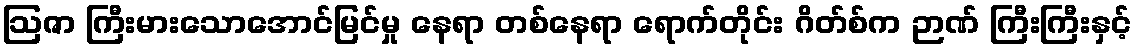
ဩဇာ ကြီးမားသောအောင်မြင်မှု နေရာ တစ်နေရာ ရောက်တိုင်း ဂိတ်စ်က ဉာဏ် ကြီးကြီးနှင့်